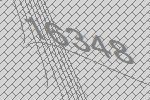
16348